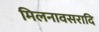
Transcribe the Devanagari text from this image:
मिलनावसरादि